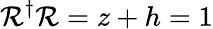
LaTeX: \mathcal{R}^{\dagger}\mathcal{R}=z+h=1